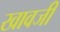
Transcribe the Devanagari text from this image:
खावजी